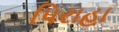
પિરાહા